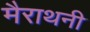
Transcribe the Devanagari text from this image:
मैराथनी